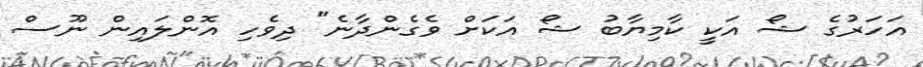
އަހަރުގެ ޝޯ އަކީ ކާމިޔާބު ޝޯ އަކަށް ވެގެންދާނެ" ދިވެހި އޮންލައިން ނޫސް